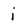
Character: i